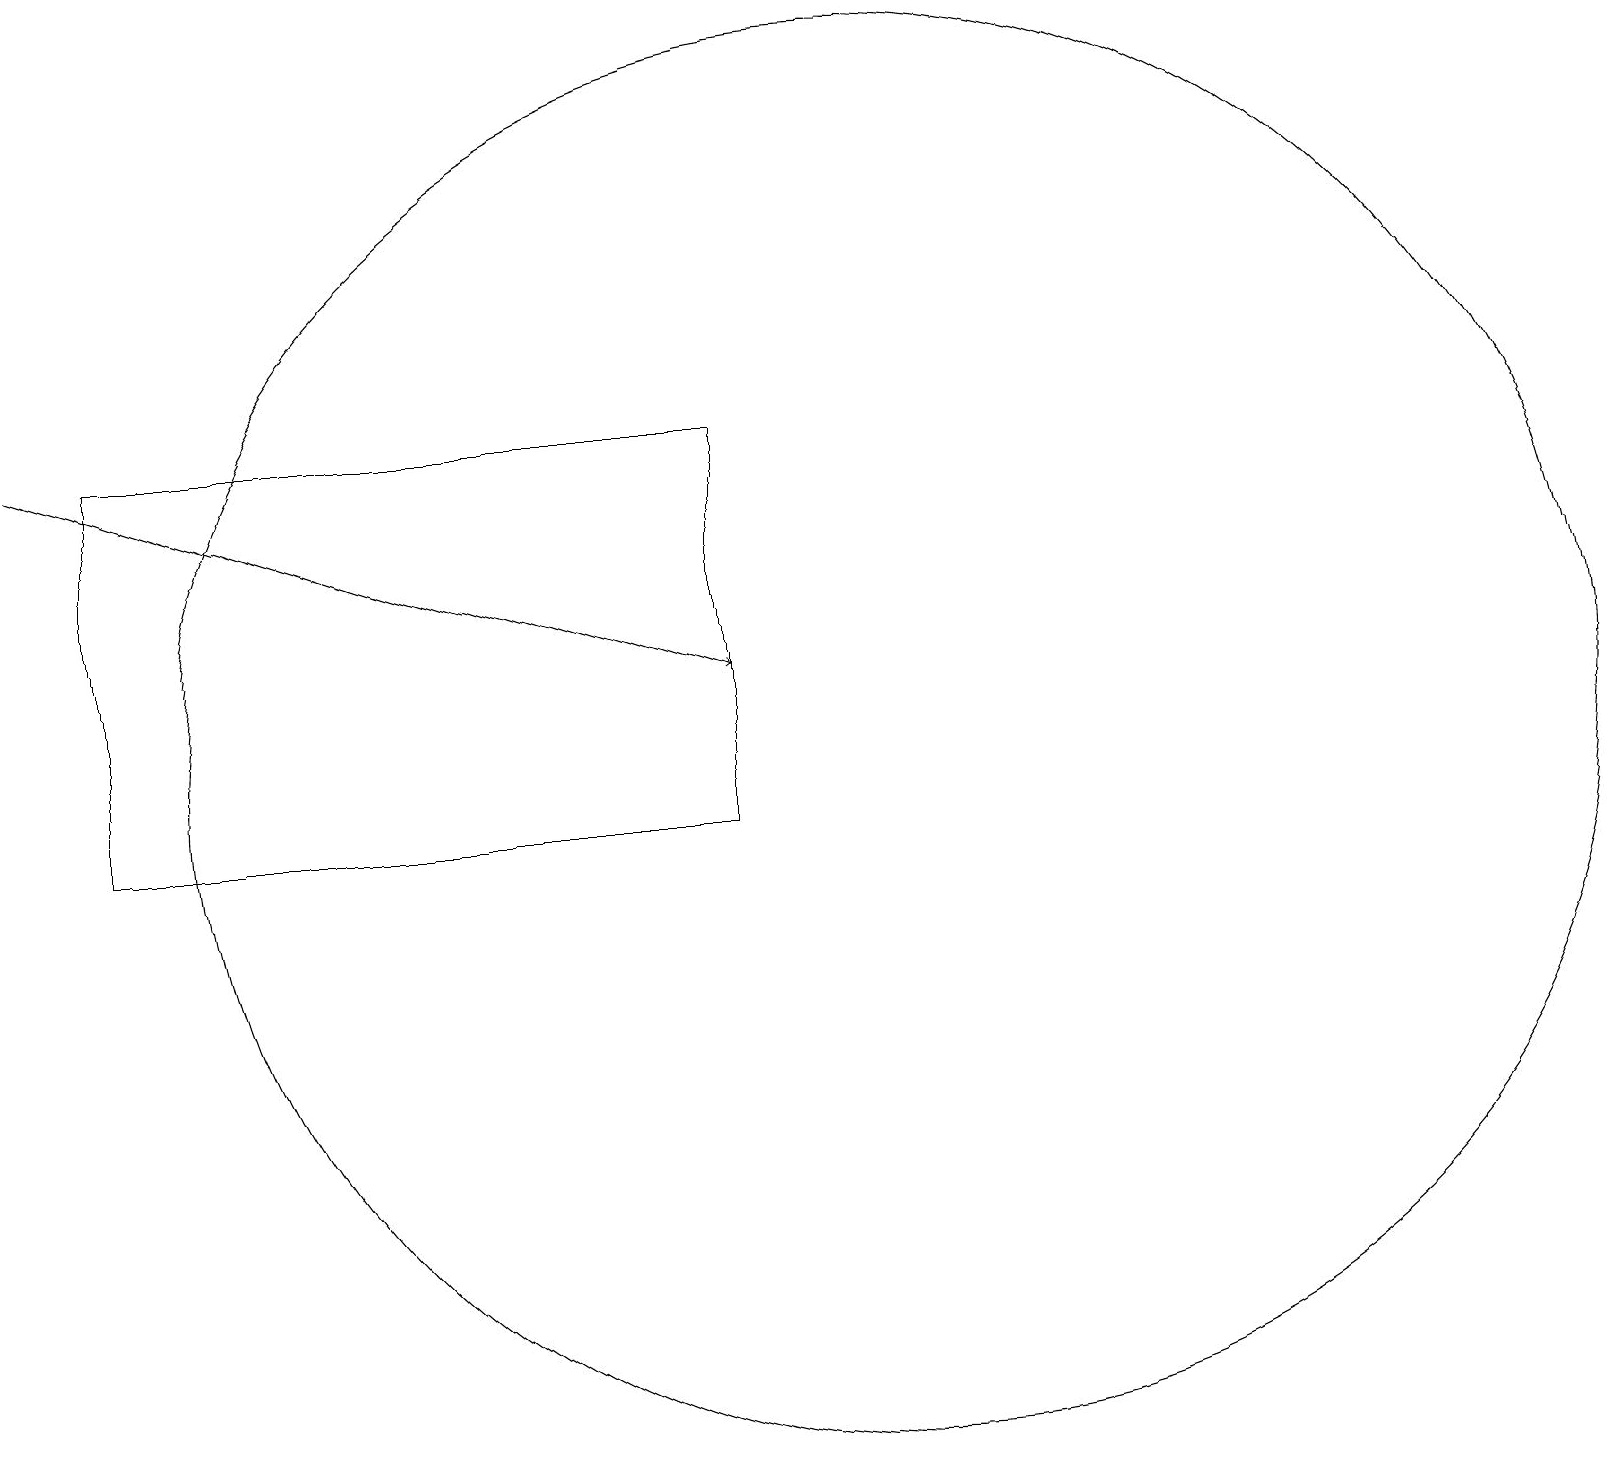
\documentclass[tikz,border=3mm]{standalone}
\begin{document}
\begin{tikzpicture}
\draw[->] (0,16) -- (9,13);
\draw (9,16) rectangle (1,11);
\draw (11,12) circle (9);
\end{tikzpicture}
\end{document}